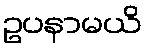
ဥပနာမယိ